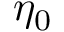
\eta _ { 0 }